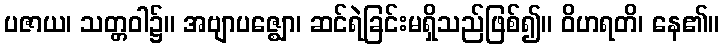
ပဇာယ၊ သတ္တဝါ၌။ အဗျာပဇ္ဈော၊ ဆင်ရဲခြင်းမရှိသည်ဖြစ်၍။ ဝိဟရတိ၊ နေ၏။